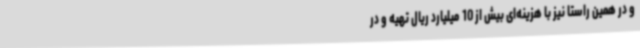
و در همین راستا نیز با هزینه‌ای بیش از 10 میلیارد ریال تهیه و در